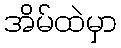
အိမ်ထဲမှာ